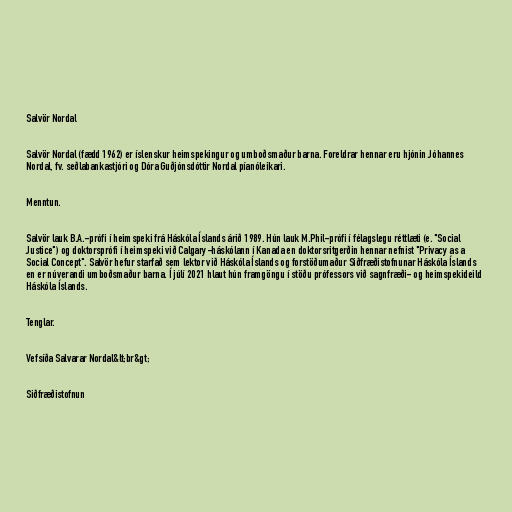
Salvör Nordal

Salvör Nordal (fædd 1962) er íslenskur heimspekingur og umboðsmaður barna. Foreldrar hennar eru hjónin Jóhannes
Nordal, fv. seðlabankastjóri og Dóra Guðjónsdóttir Nordal píanóleikari.

Menntun.

Salvör lauk B.A.-prófi í heimspeki frá Háskóla Íslands árið 1989. Hún lauk M.Phil-prófi í félagslegu réttlæti (e. "Social
Justice") og doktorsprófi í heimspeki við Calgary-háskólann í Kanada en doktorsritgerðin hennar nefnist "Privacy as a
Social Concept". Salvör hefur starfað sem lektor við Háskóla Íslands og forstöðumaður Siðfræðistofnunar Háskóla Íslands
en er núverandi umboðsmaður barna. Í júlí 2021 hlaut hún framgöngu í stöðu prófessors við sagnfræði- og heimspekideild
Háskóla Íslands.

Tenglar.

Vefsíða Salvarar Nordal&lt;br&gt;

Siðfræðistofnun